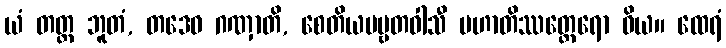
ယံ တတ္ထ ဘူတံ, တဒေဝ ဂဏှာတိ, စေတိယပဗ္ဗတဝါသီ မဟာတိဿတ္ထေရော ဝိယ။ ထေရံ